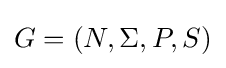
G=(N,\Sigma ,P,S)